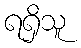
ရရှိသူ